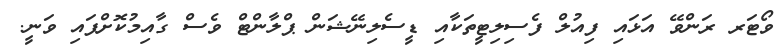
ވޯޓަރ ރަންވޭ އަޅައި ފިއުލް ފެސިލިޓީތަކާއި ޑީސެލިނޭޝަން ޕްލާންޓް ވެސް ގާއިމުކޮށްފައި ވަނީ.